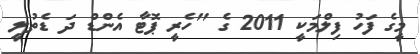
މީގެ ފަހު ފިލްމަކީ 2011 ގެ "ހެރީ ޕޮޓާ އެންޑް ދަ ޑެތުލީ